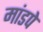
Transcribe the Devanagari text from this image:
मांडपे